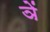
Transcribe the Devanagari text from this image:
ञें